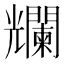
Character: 𠓖